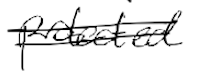
Text: protected
Cross-out: double-line
Writing tool: digital_black